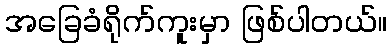
အခြေခံရိုက်ကူးမှာ ဖြစ်ပါတယ်။